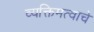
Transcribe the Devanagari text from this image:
व्यक्तिमत्वाचे